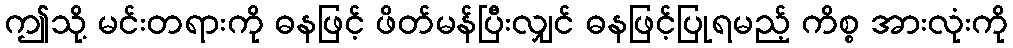
ဤသို့ မင်းတရားကို ဓနဖြင့် ဖိတ်မန်ပြီးလျှင် ဓနဖြင့်ပြုရမည့် ကိစ္စ အားလုံးကို